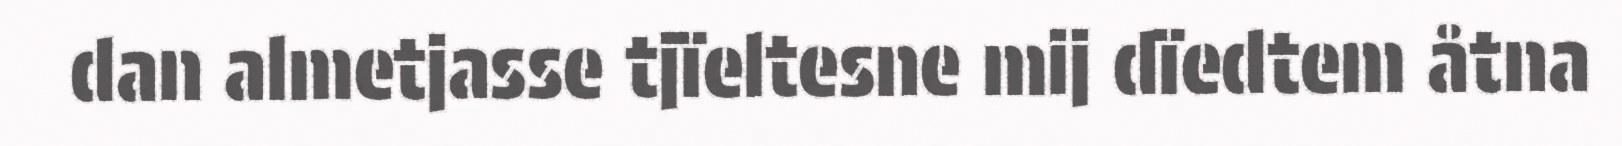
dan almetjasse tjïeltesne mij dïedtem åtna